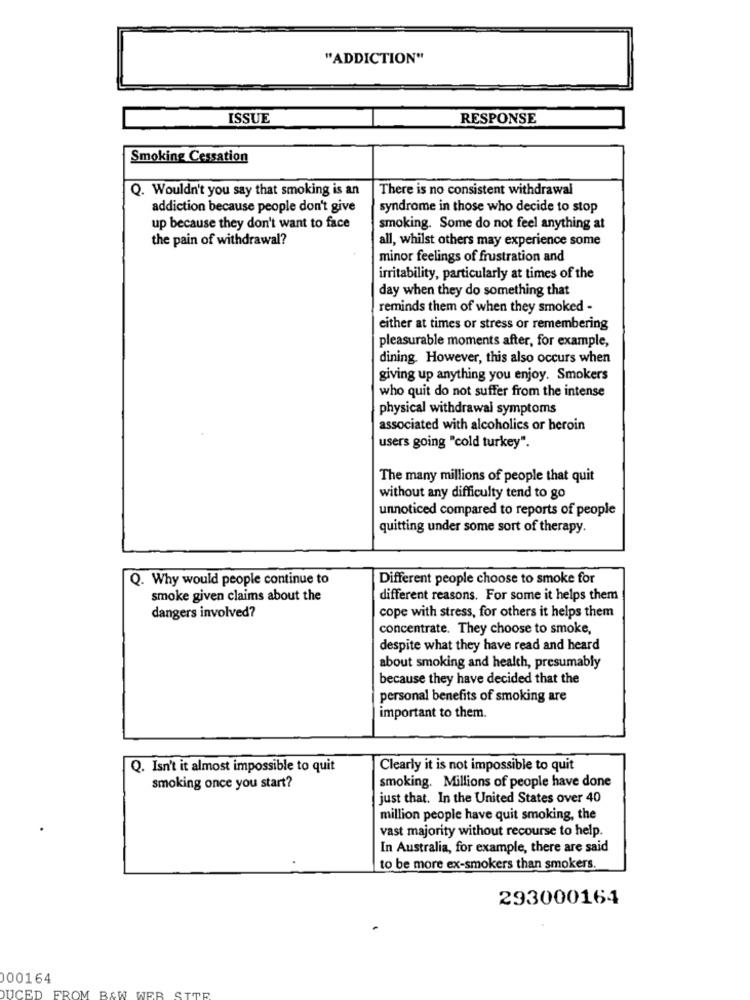
"ADDICTION"
ISSUE
RESPONSE
Smoking Cessation
Q. Wouldn't you say that smoking is an
There is no consistent withdrawal
addiction because people don't give
syndrome in those who decide to stop
up because they don't want to face
smoking. Some do not feel anything at
the pain of withdrawal?
all, whilst others may experience some
minor feelings of frustration and
irritability, particularly at times of the
day when they do something that
reminds them of when they smoked -
either at times or stress or remembering
pleasurable moments after, for example,
dining. However, this also occurs when
giving up anything you enjoy. Smokers
who quit do not suffer from the intense
physical withdrawal symptoms
associated with alcoholics or heroin
users going "cold turkey".
The many millions of people that quit
without any difficulty tend to go
unnoticed compared to reports of people
quitting under some sort of therapy.
Q. Why would people continue to
Different people choose to smoke for
smoke given claims about the
different reasons. For some it helps them
dangers involved?
cope with stress, for others it helps them
concentrate. They choose to smoke,
despite what they have read and heard
about smoking and health, presumably
because they have decided that the
personal benefits of smoking are
important to them.
Q. Isn't it almost impossible to quit
Clearly it is not impossible to quit
smoking once you start?
smoking. Millions of people have done
just that. In the United States over 40
million people have quit smoking, the
vast majority without recourse to help.
In Australia, for example, there are said
to be more ex-smokers than smokers.
293000164
000164
DUCED FROM B&W WER
SITE